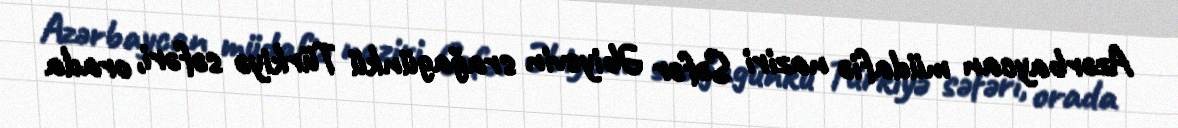
Azərbaycan müdafiə naziri Səfər Əbiyevin srağagünkü Türkiyə səfəri, orada